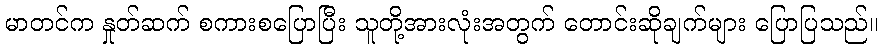
မာတင်က နှုတ်ဆက် စကားစပြောပြီး သူတို့အားလုံးအတွက် တောင်းဆိုချက်များ ပြောပြသည်။